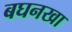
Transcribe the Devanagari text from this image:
बघनखा